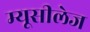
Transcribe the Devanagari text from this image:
म्यूसीलेज